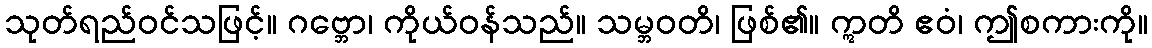
သုတ်ရည်ဝင်သဖြင့်။ ဂဗ္ဘော၊ ကိုယ်ဝန်သည်။ သမ္ဘဝတိ၊ ဖြစ်၏။ ဣတိ ဧဝံ၊ ဤစကားကို။